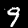
Digit: 9